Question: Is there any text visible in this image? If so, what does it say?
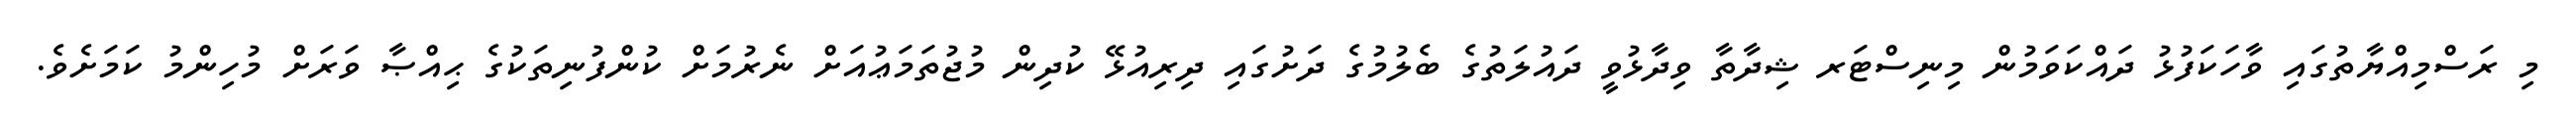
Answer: މި ރަސްމިއްޔާތުގައި ވާހަކަފުޅު ދައްކަވަމުން މިނިސްޓަރ ޝިދާތާ ވިދާޅުވީ ދައުލަތުގެ ބެލުމުގެ ދަށުގައި ދިރިއުޅޭ ކުދިން މުޖުތަމަޢުއަށް ނެރުމަށް ކުންފުނިތަކުގެ ޙިއްޞާ ވަރަށް މުހިންމު ކަމަށެވެ.